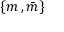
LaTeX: \{ m \, , { \bar { m } } \}